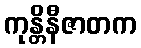
ကုန္တိနီဇာတက